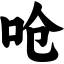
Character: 呛